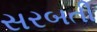
સરબતી